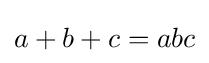
a+b+c=abc